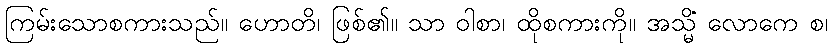
ကြမ်းသောစကားသည်။ ဟောတိ၊ ဖြစ်၏။ သာ ဝါစာ၊ ထိုစကားကို။ အသ္မိံ လောကေ စ၊